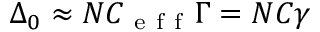
\Delta _ { 0 } \approx N C _ { \mathrm { ~ e ~ f ~ f ~ } } \Gamma = N C \gamma